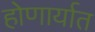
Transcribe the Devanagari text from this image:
होणार्यात